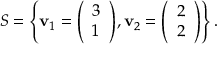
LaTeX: S = \left\lbrace \mathbf { v } _ { 1 } = { \left( \begin{array} { l } { 3 } \\ { 1 } \end{array} \right) } , \mathbf { v } _ { 2 } = { \left( \begin{array} { l } { 2 } \\ { 2 } \end{array} \right) } \right\rbrace .